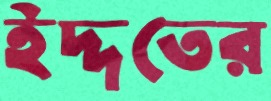
ইদ্দতের